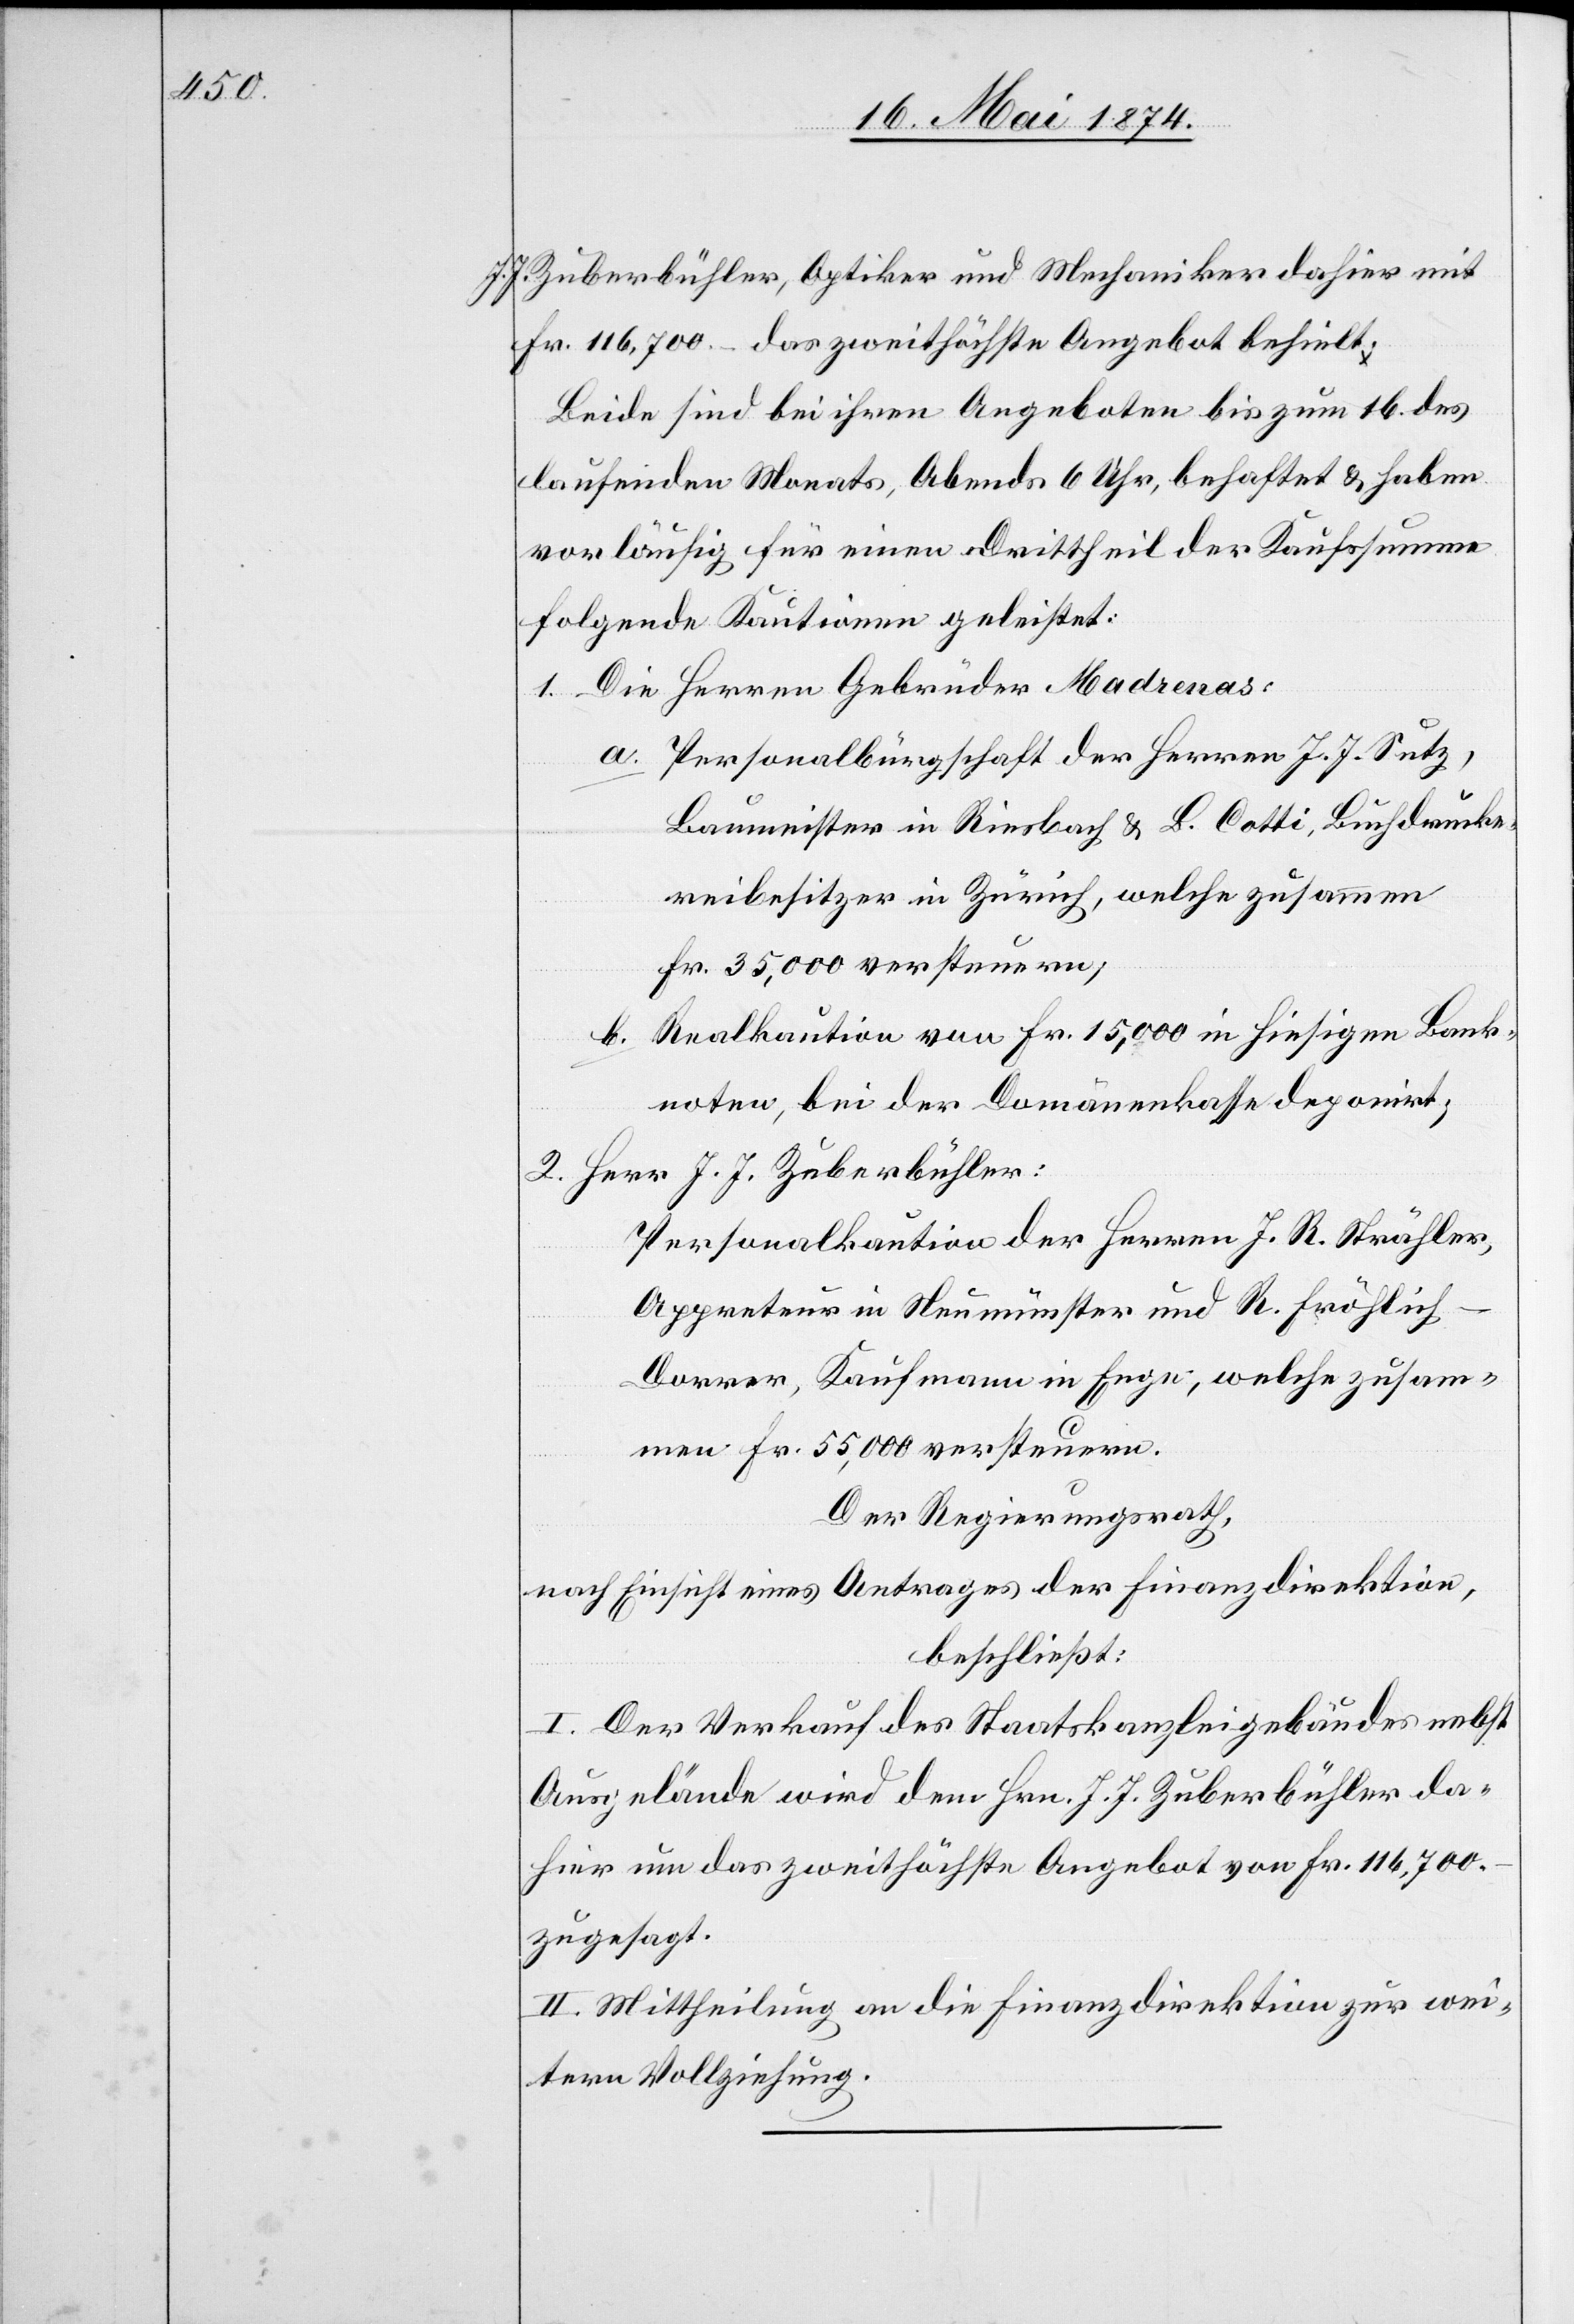
J. Zuberbühler, Optiker und Mechaniker dahier mit
Fr. 116,700.– das zweithöchste Angebot behielt.
Beide sind bei ihren Angeboten bis zum 16. des
laufenden Monats, Abends 6 Uhr, behaftet u. haben
vorläufig für einen Drittheil der Kaufsumme
folgende Kautionen geleistet:
1. Die Herren Gebrüder Madrenas:
a. Personalbürgschaft der Herren J. J. Sutz,
Baumeister in Riesbach u. B. Cotti, Buchdrucke¬
reibesitzer in Zürich, welche zusammen
Fr. 35,000 versteuern;
b. Realkaution von Fr. 15,000 in hiesigen Bank¬
noten, bei der Domänenkasse deponirt;
2. Herr J. J. Zuberbühler:
Personalkaution der Herren J. R. Strähler,
Appreteur in Neumünster und R. Fröhlich-D¬
orrer, Kaufmann in Enge, welche zusam¬
men Fr. 55,000 versteuern.
Der Regierungsrath,
nach Einsicht eines Antrages der Finanzdirektion,
beschließt:
I. Der Verkauf des Staatskanzleigebäudes nebst
Ausgelände wird dem Hrn. J. J. Zuberbühler da¬
hier um das zweithöchste Angebot von Fr. 116,700.–
zugesagt.
II. Mittheilung an die Finanzdirektion zur wei¬
tern Vollziehung.